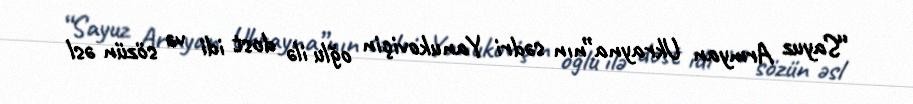
“Sayuz Armyan Ukrayna”nın sədri Yanukoviçin oğlu ilə dost idi və sözün əsl